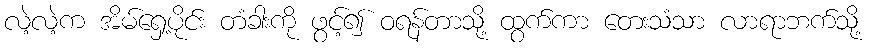
လဲ့လဲ့က အိမ်ရှေ့ပိုင်း တံခါးကို ဖွင့်၍ ဝရန်တာသို့ ထွက်ကာ တေးသံသာ လာရာဘက်သို့